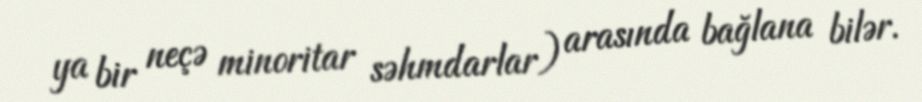
ya bir neçə minoritar səhmdarlar) arasında bağlana bilər.